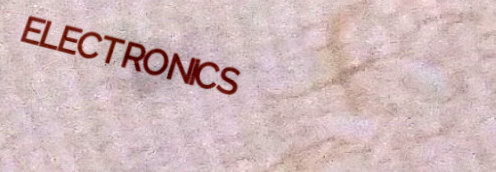
ELECTRONICS